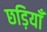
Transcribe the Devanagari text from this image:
छड़ियाँ